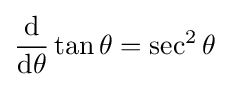
{\frac {\operatorname {d} }{\operatorname {d} \!\theta }}\tan \theta =\sec ^{2}\theta